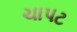
ચાપટ